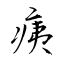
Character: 痍